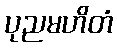
ပုညမဟိတံ